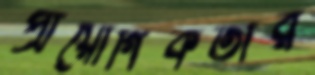
প্রায়োগিকতার